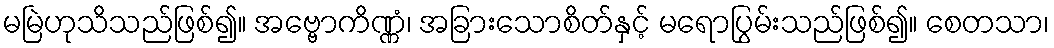
မမြဲဟုသိသည်ဖြစ်၍။ အဗ္ဗောကိဏ္ဏံ၊ အခြားသောစိတ်နှင့် မရောပြွမ်းသည်ဖြစ်၍။ စေတသာ၊